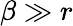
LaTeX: \beta\gg r